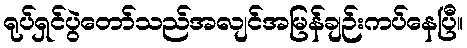
ရုပ်ရှင်ပွဲတော်သည်အလျင်အမြန်ချဉ်းကပ်နေပြီ။